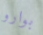
بوارو